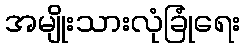
အမျိုးသားလုံခြုံရေး